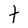
Character: t